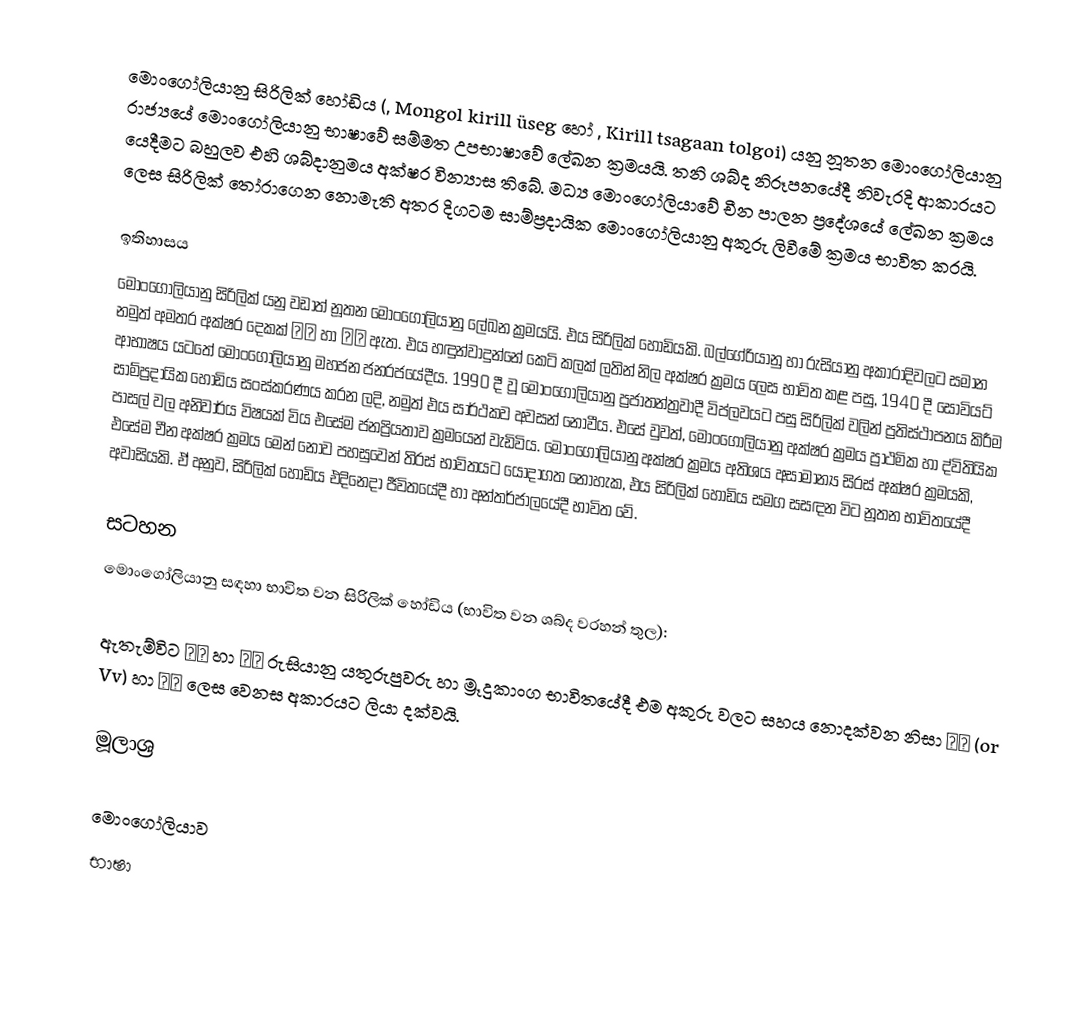
මොංගෝලියානු සිරිලික් හෝඩිය (, Mongol kirill üseg හෝ , Kirill tsagaan tolgoi) යනු නූතන මොංගෝලියානු රාජ්‍යයේ මොංගෝලියානු භාෂාවේ සම්මත උපභාෂාවේ ලේඛන ක්‍රමයයි. තනි ශබ්ද නිරූපනයේදී නිවැරදි ආකාරයට යෙදීමට බහුලව එහි ශබ්දානුමය අක්ෂර වින්‍යාස තිබේ. මධ්‍ය මොංගෝලියාවේ චීන පාලන ප්‍රදේශයේ ලේඛන ක්‍රමය ලෙස සිරිලික් තෝරාගෙන නොමැති අතර දිගටම සාම්ප්‍රදායික මොංගෝලියානු අකුරු ලිවීමේ ක්‍රමය භාවිත කරයි.

ඉතිහාසය
මොංගෝලියානු සිරිලික් යනු වඩාත් නූතන මොංගෝලියානු ලේඛන ක්‍රමයයි. එය සිරිලික් හෝඩියකි. බල්ගේරියානු හා රුසියානු අකාරාදිවලට සමාන නමුත් අමතර අක්ෂර දෙකක් Өө  හා Үү  ඇත. එය හඳුන්වාදුන්නේ කෙටි කලක් ලතින් නිල අක්ෂර ක්‍රමය ලෙස භාවිත කළ පසු, 1940 දී සෝවියට් ආභාෂය යටතේ මොංගෝලියානු මහජන ජනරජයේදීය. 1990 දී වූ මොංගෝලියානු ප්‍රජාතන්ත්‍රවාදී විප්ලවයට පසු සිරිලික් වලින් ප්‍රතිස්ථාපනය කිරීම සාම්ප්‍රදායික හෝඩිය සංස්කරණය කරන ලදි, නමුත් එය සාර්ථකව අවසන් නොවීය. එසේ වුවත්, මොංගෝලියානු අක්ෂර ක්‍රමය ප්‍රාථමික හා ද්විතියික පාසල් වල අනිවාර්ය විෂයක් විය එසේම ජනප්‍රියතාව ක්‍රමයෙන් වැඩිවිය. මොංගෝලියානු අක්ෂර ක්‍රමය අතිශය අසාමාන්‍ය සිරස් අක්ෂර ක්‍රමයකි, එසේම චීන අක්ෂර ක්‍රමය මෙන් නොව පහසුවෙන් තිරස් භාවිතයට යොදාගත නොහැක, එය සිරිලික් හෝඩිය සමග සසඳන විට නූතන භාවිතයේදී අවාසියකි. ඒ අනුව, සිරිලික් හෝඩිය එදිනෙදා ජීවිතයේදී හා අන්තර්ජාලයේදී භාවිත වේ.

සටහන
මොංගෝලියානු සඳහා භාවිත වන සිරිලික් හෝඩිය (භාවිත වන ශබ්ද වරහන් තුල):

ඇතැම්විට Үү හා Өө රුසියානු යතුරුපුවරු හා ම්‍රුදුකාංග භාවිතයේදී එම අකුරු වලට සහය නොදක්වන නිසා Її (or Vv) හා Єє ලෙස වෙනස අකාරයට ලියා දක්වයි.

මූලාශ්‍ර

මොංගෝලියාව
භාෂා